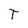
Character: T